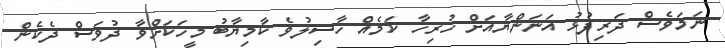
ނަމަވެސް ދަރިފުޅު އަނަންޔާއަށް ހުރިހާ ކަމެއް ހާސިލުވެ ކާމިޔާބު މީހަކަށްވާ ދުވަސް ދެކެން